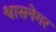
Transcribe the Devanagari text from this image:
श्वासनेगर